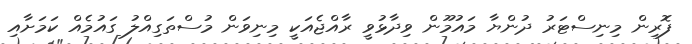
ފޮރިން މިނިސްޓަރު ދުންޔާ މައުމޫން ވިދާޅުވީ ރާއްޖެއަކީ މިނިވަން މުސްތަގިއްލު ގައުމެއް ކަމަށާއި